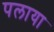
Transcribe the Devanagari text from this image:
पलाया